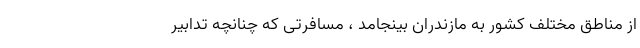
از مناطق مختلف کشور به مازندران بینجامد ، مسافرتی که چنانچه تدابیر